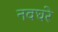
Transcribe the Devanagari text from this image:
नवघरे